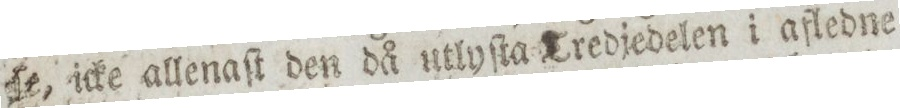
ſe, icke allenaſt den då utlyſta Tredjedelen i afledne